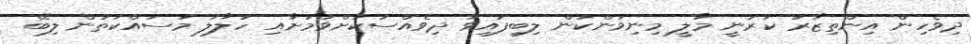
ދިވެހިން އިންތިޒާރު ކުރަނީ މާލީ މިނިވަންކަން ލިބިފައިވާ ދިވެެއްސަކަށްވުމަށާއި ހަލާލު މަސައްކަތުން ލިބޭ